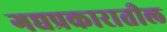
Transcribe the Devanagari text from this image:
गद्यप्रकारातील